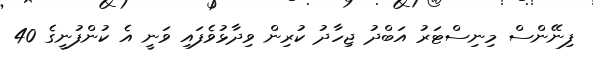
ފިނޭންސް މިނިސްޓަރު އަބްދު ޖިހާދު ކުރިން ވިދާޅުވެފައި ވަނީ އެ ކުންފުނީގެ 40